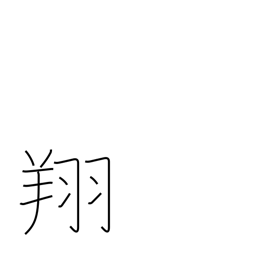
Meaning: soar